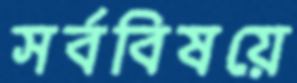
সর্ববিষয়ে